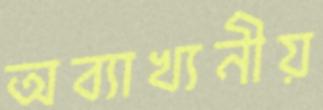
অব্যাখ্যনীয়